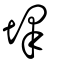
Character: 墿